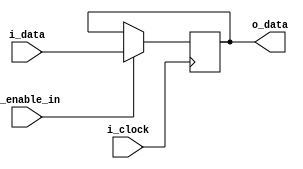
`default_nettype none

module register (i_clock, i_enable_in, i_data, o_data);
  parameter c_width = 8;
  input wire i_clock, i_enable_in;
  input wire [c_width - 1 : 0] i_data;
  output wire [c_width - 1 : 0] o_data;

  reg [c_width - 1 : 0] stored_data = 0;
  assign o_data = stored_data;

  always @ (posedge i_clock)
    if (i_enable_in)
      stored_data <= i_data;
endmodule